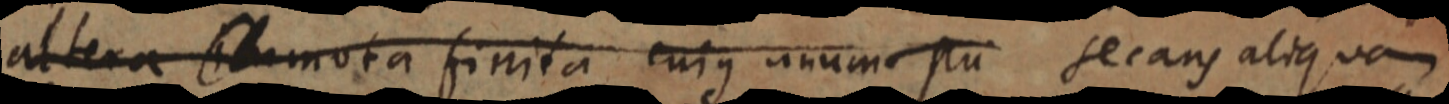
altera immota finita cujus unum sui secans aliqua